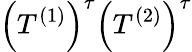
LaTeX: \left(T^{(1)}\right)^{\tau}\left(T^{(2)}\right)^{\tau}